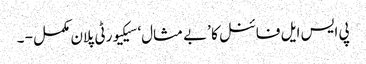
پی ایس ایل فائنل کا ’بے مثال‘ سیکیورٹی پلان مکمل - ۔